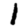
Digit: 1